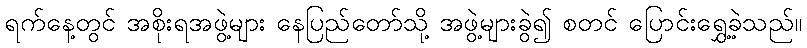
ရက်နေ့တွင် အစိုးရအဖွဲ့များ နေပြည်တော်သို့ အဖွဲ့များခွဲ၍ စတင် ပြောင်းရွှေ့ခဲ့သည်။